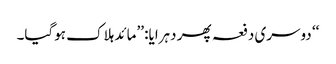
‘‘ دوسری دفعہ پھر دہرایا: ’’مائد ہلاک ہوگیا۔